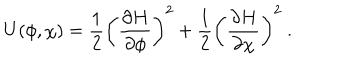
U ( \phi , \chi ) = \frac { 1 } { 2 } \left( \frac { \partial H } { \partial \phi } \right) ^ { 2 } + \frac { 1 } { 2 } \left( \frac { \partial H } { \partial \chi } \right) ^ { 2 } ~ .